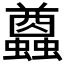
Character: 𧔭